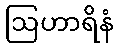
ဩဟာရိနံ